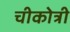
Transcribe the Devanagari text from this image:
चीकोत्री